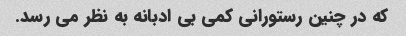
که در چنین رستورانی کمی بی ادبانه به نظر می رسد.